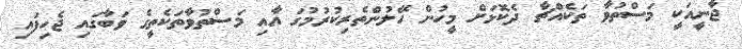
ޖާނީއަކީ މަސްތުވާ ތަކެއްޗާ ދެކޮޅަށް މީހުން ހޭލުންތެރިކުރުމުގަ އާއި މަސްތުވާތަކެތީގެ ވަބާގައި ޖެހިފައި